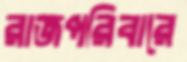
রাজপরিবারে